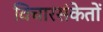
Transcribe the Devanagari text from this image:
विचारसंकेतों